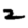
Digit: 2